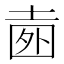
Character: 𡍐